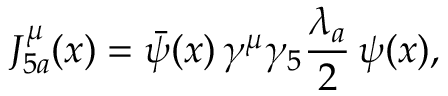
J _ { 5 a } ^ { \mu } ( x ) = \bar { \psi } ( x ) \, \gamma ^ { \mu } \gamma _ { 5 } \frac { \lambda _ { a } } 2 \, \psi ( x ) ,